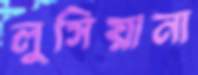
লুসিয়ানা